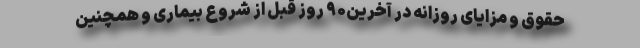
حقوق و مزایای روزانه در آخرین‌۹۰ روزِ قبل‌ از شروع‌ بیماری‌ و همچنین